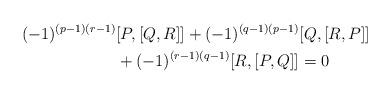
LaTeX: \begin{align*}(-1)^{(p-1)(r-1)}&[P,[Q,R]]+(-1)^{(q-1)(p-1)}[Q,[R,P]]\\&+(-1)^{(r-1)(q-1)}[R,[P,Q]]=0\end{align*}